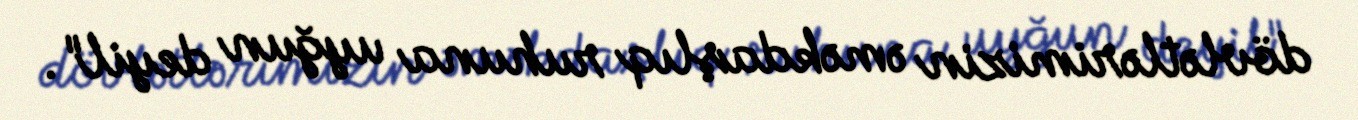
dövlətlərimizin əməkdaşlıq ruhuna uyğun deyil".